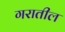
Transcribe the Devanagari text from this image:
गरातील